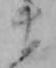
ま